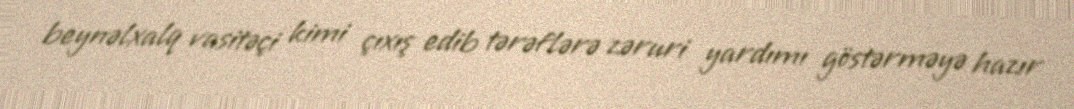
beynəlxalq vasitəçi kimi çıxış edib tərəflərə zəruri yardımı göstərməyə hazır